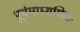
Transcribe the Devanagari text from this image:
पूर्वमाध्यमिक